Medical and sanitary report of the native army of Bengal for the year
Year: 1874
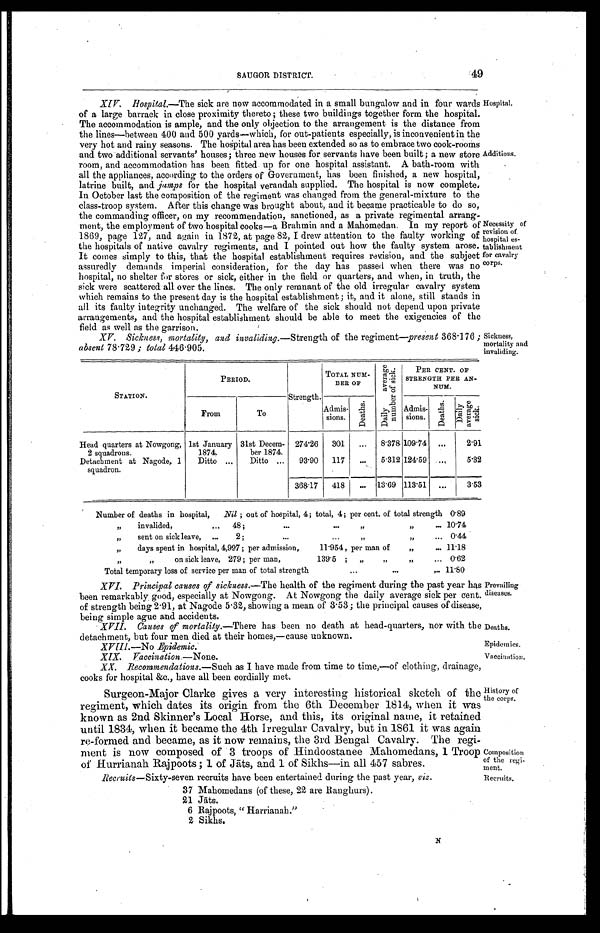
Deaths.
Epidemics.
Vaccination.
SAUGOR DISTRICT. 49
XIV. Hospital.— The sick are now accommodated in a small bungalow and in four wards
of a large barrack in close proximity thereto ; these two buildings together form the hospital.
The accommodation is ample, and the only objection to the arrangement is the distance from
the lines—between 400 and 500 yards—which, for out-patients especially, is inconvenient in the
very hot and rainy seasons. The hospital area has been extended so as to embrace two cook-rooms
and two additional servants houses; three new houses for servants nave peen punt; a new store
room, and accommodation has been fitted up for one hospital assistant. A bath-room with
all the appliances, according to the orders of Government, has been finished, a new hospital,
latrine built, and jamps for the hospital verandah supplied. The hospital is now complete.
In October last the composition of the regiment was changed from the general-mixture to the
class-troop system. After this change was brought about, and it became practicable to do so,
the commanding officer, on my recommendation, sanctioned, as a private regimental arrang-
ment, the employment of two hospital cooks—a Brahmin ana a Mahomedan. In my report of
1869, page 127, and again in 1872, at page 82, I drew attention to the faulty working of
the hospitals of native cavalry regiments, and I pointed out how the faulty system arose.
It comes simply to this, that the hospital establishment requires revision, and the subject
assuredly demands imperial consideration, for the day has passed when there was no
hospital, no shelter for stores or sick, either in the field or quarters, and when, in truth, the
sick were scattered all over the lines. The only remnant of the old irregular cavalry system
which remains to the present day is the hospital establishment ; it, and it alone, still stands in
all its faulty integrity unchanged. The welfare of the sick should not depend upon private
arrangements, and the hospital establishment should be able to meet the exigencies of the
field as well as the garrison.
XV. Sickness, mortality, and invaliding.— Strength of the regiment—present 368.176 ;
absent 78.729; total 446.905.
Hospital.
Additions.
Necessity of
revision of
hospital es
-
tablishment
For cavalry
corps.
Sickness,
mortality and
invaliding.
STATION.
PERIOD.
Strength.
TOTAL NUM-
BER OF
D a i l y a v e r a g e n u m b e r o f s i c k .
PER CENT OF
STRENGTH PER AN
-
NUM .
From
To
Admis-
sions
D e a t h s .
Admis-
sions.
D e a t h s .
D a i l y a v e r a g e n u m b e r s i c k .
Head quarters at Nowgong, 1st January 31st Decem- 274.26
301
. . .
8.378 109.74
. . .
2.91
2 squadrons.
1874.
ber 1874.
Detachment at Nagode, 1
squadron.
Ditto . . .
Ditto . . .
93.90
117
. . .
5.312 124.59
. . .
5.32
368.17
418
. . .
13.69 113.51
. . .
3.53
Number of deaths in hospital,
Nil ; out of hospital, 4; total, 4; per cent of total strength 0.89
" invalided, . . .
48 ; . . . " " . . . 10.74
" sent on sick leave, . . . 2 ; . . . " " . . .
0.44
" days spent in hospital, 4,997 ; per admission, 11.954 , per man of " . . . 11.18
" " o n s i c k l e a v e , 2 7 9 ; p e r m a n , 1 3 9 . 5 ; " " " . . .
0.62
Total temporary loss of service per man of total strength . . .
11.80
XVI. Principal causes of sickness.— The health of the regiment during the past year has
been remarkably good, especially at Nowgong. At Nowgong the daily average sick per cent
of strength being 2.91, at Nagode 5.32, showing a mean of 3.53; the principal causes of disease,
being simple ague and accidents.
• XVII. Causes of mortality.— There has been no death at head-quarters, nor with th
detachment, but four men died at their homes,—cause unknown.
XVIII.— No Epidemic.
XIX. Vaccination.—None.
XX. Recommendations.— Such as I have made from time to time,—of clothing, drainage,
cooks for hospital &c., have all been cordially met.
Prevailing
diseases.
History of
the corps.
Composition
of the regi
-
ment.
Surgeon-Major Clarke gives a very interesting historical sketch of the
regiment, which dates its origin from the 6th December 1814, when it w
a s k n o
known as 2nd Skinner's Local Horse, and this, its original name, it retained
until 1834, when it became the 4th Irregular Cavalry, but in 1861 it was again
re-formed and became, as it now remains, the 3rd Bengal Cavalry. The regi
-
ment is now composed of 3 troops of Hindoostanee Mahomedans, 1 Troop
of Hurrianah Raipoots ; 1 of J ā ts, and 1 of Sikhs—in all 457 sabres.
Recruits—Sixty-seven recruits have been entertained during the past year, viz.
37 Mahomedans (of these, 22 are Ranghurs).
21 Jā ts .
6 Rajpoots, "Harrianah."
2 Sikhs.
Recruits.
N